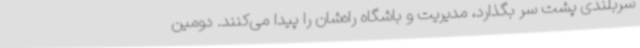
سربلندی پشت سر بگذارد، مدیریت و باشگاه راه‌شان را پیدا می‌کنند. دومین